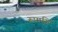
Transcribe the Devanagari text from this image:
रूपासि